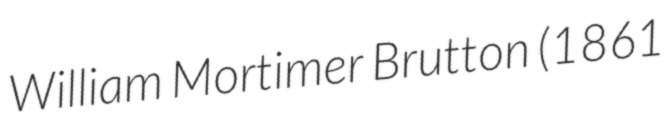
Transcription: William Mortimer Brutton (1861